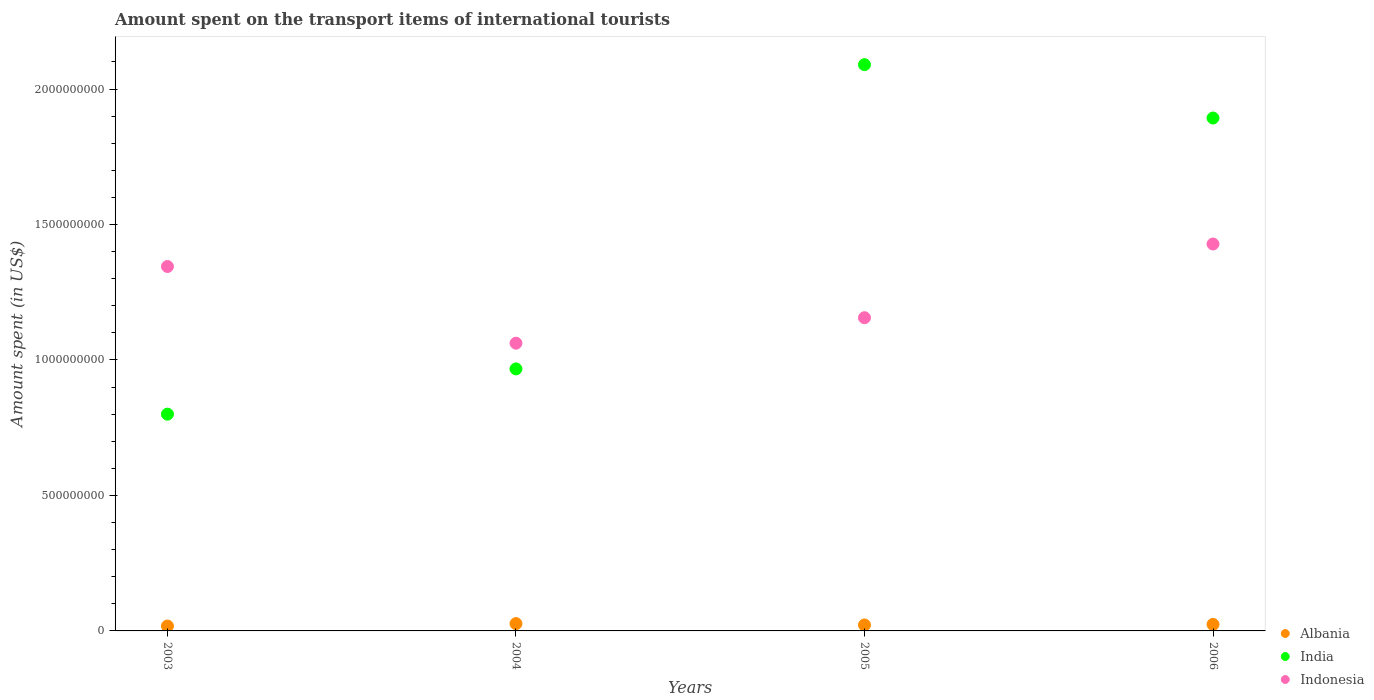
| Years | Albania | India | Indonesia |
 | --- | --- | --- | --- |
 | 2003 | 1.8e+07 | 8e+08 | 1.34e+09 |
 | 2004 | 2.7e+07 | 9.67e+08 | 1.06e+09 |
 | 2005 | 2.2e+07 | 2.09e+09 | 1.16e+09 |
 | 2006 | 2.4e+07 | 1.89e+09 | 1.43e+09 |